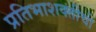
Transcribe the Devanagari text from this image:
प्रतिभाशक्तीची